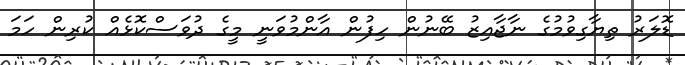
ޑޮލަރު ތިޔާގިވުމުގެ ނާޖާއިޒު ބޭނުން ހިފުން އާންމުވަނީ މީގެ ދުވަސްކޮޅެއް ކުރިން ހަމަ